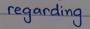
regarding